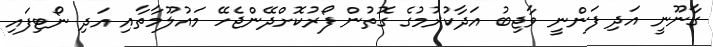
ގާނޫނީ އަދި ފަންނީ ވާޖިބު އަދާކުރުމުގެ ގޮތުން ފޯރުކޮށްދޭންޖެހޭ މައުލޫމާތާއި އަދި ނޯޓިފައި